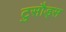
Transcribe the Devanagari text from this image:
टुसौड्स